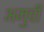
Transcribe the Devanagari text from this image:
अमुची